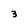
Character: 3